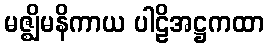
မဇ္ဈိမနိကာယ ပါဠိအဋ္ဌကထာ